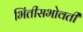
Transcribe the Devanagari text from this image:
भिंतीसभोवती